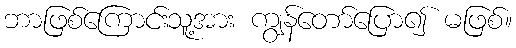
ဘာဖြစ်ကြောင်းသူ့အား ကျွန်တော်ပြော၍ မဖြစ်။